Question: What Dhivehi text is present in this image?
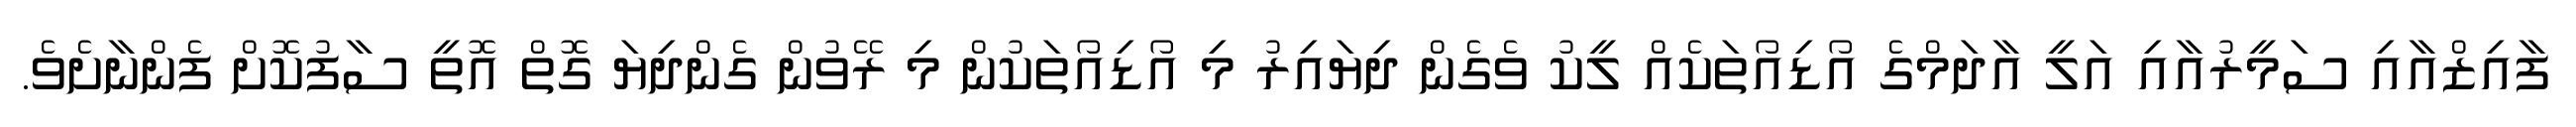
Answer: ފާއިޒްއާއި ސަމީރުއާއި އަލީ އާދަމްގެ އޯޑިއޯތަކެއް ލީކު ވެގެން ދިޔައިރު މި އޯޑިއޯތަކުން މި ރޭވުން ގެންދިޔަ ގޮތް އޮތީ ސާފުކޮށް ފެންނާށެވެ.